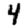
Digit: 4